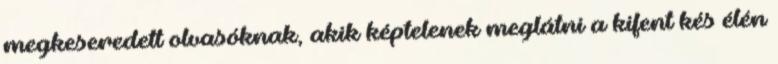
megkeseredett olvasóknak, akik képtelenek meglátni a kifent kés élén